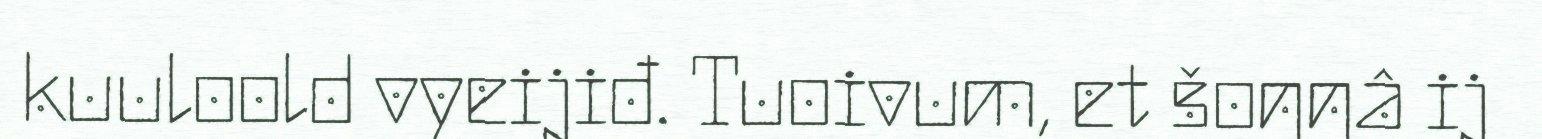
kuuloold vyeijiđ. Tuoivum, et šoŋŋâ ij